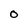
Character: O